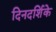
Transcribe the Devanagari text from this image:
दिनदर्शिके